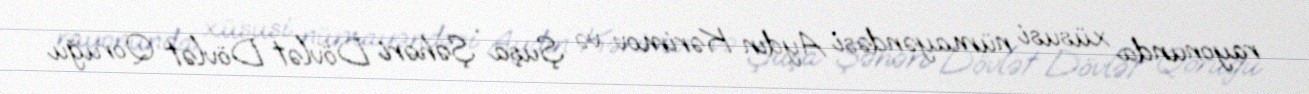
rayonunda xüsusi nümayəndəsi Aydın Kərimov və Şuşa Şəhəri Dövlət Dövlət Qoruğu